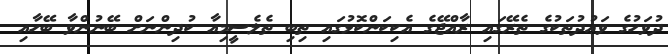
ދުވަހުގެ ވަޢުދުތަކުގެ ތެރޭގައި ރާއްޖޭގެ އެކިކަންކޮޅުގައި ތިބި ތެލެސީމިއާ ކުދިންނަށް ބޭނުންވާ ބޭހާއި